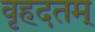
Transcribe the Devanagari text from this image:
वृहदतम्